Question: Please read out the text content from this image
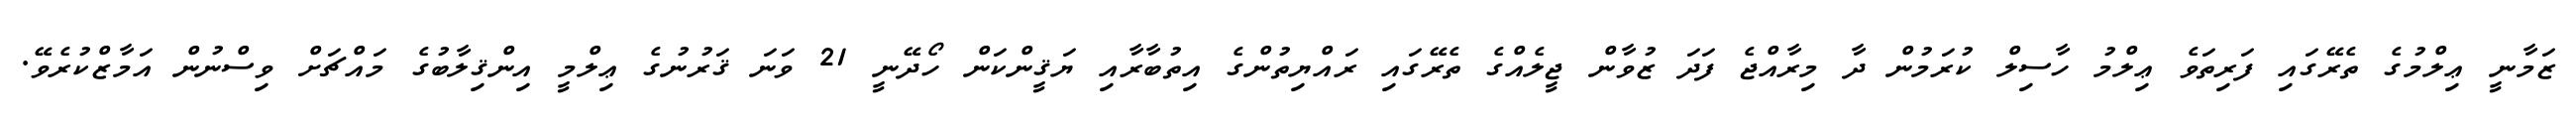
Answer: ޒަމާނީ ޢިލްމުގެ ތެރޭގައި ފަރިތަވެ ޢިލްމު ހާސިލް ކުރަމުން ދާ މިރާއްޖެ ފަދަ ޒުވާން ޖީލެއްގެ ތެރޭގައި ރައްޔިތުންގެ އިތުބާރާއި ޔަޤީންކަން ހޯދޭނީ 21 ވަނަ ޤަރުނުގެ ޢިލްމީ އިންޤިލާބުގެ މައްޗަށް ވިސްނުން އަމާޒްކުރެވޭ.